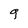
Character: q